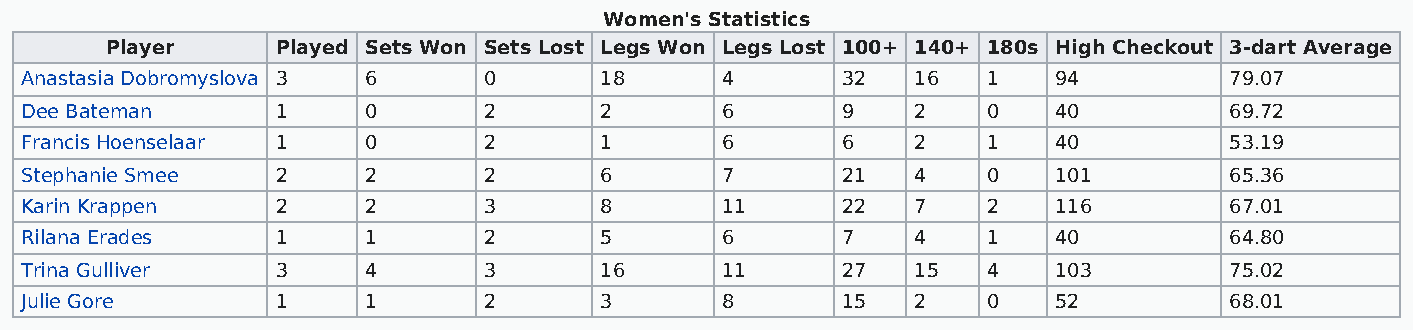
Women's Statistics
 Player     Played Sets Won Sets Lost Legs Won Legs Lost 100+ 140+ 180s High Checkout 3-dart Average
 Anastasia Dobromyslova 3 6     0       18      4       32   16  1    94         79.07
 Dee Bateman      1     0       2       2       6       9    2   0    40         69.72
 Francis Hoenselaar 1   0       2       1       6       6    2   1    40         53.19
 Stephanie Smee   2     2       2       6       7       21   4   0    101        65.36
 Karin Krappen    2     2       3       8       11      22   7   2    116        67.01
 Rilana Erades    1     1       2       5       6       7    4   1    40         64.80
 Trina Gulliver   3     4       3       16      11      27   15  4    103        75.02
 Julie Gore       1     1       2       3       8       15   2   0    52         68.01